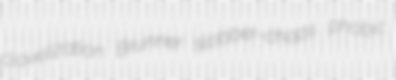
clavelization Brunner slobber-chops phobic